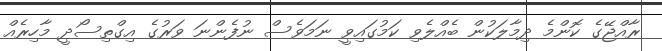
ރާއްޖޭގެ ކޮންމެ ދިމާލަކުން ބެއްލެވި ކަމުގައިވީ ނަމަވެސް ނުފެންނަ ވަރުގެ އިގްތިސޯދީ މާހިރެއް